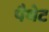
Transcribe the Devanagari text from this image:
पैथेट